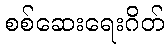
စစ်ဆေးရေးဂိတ်